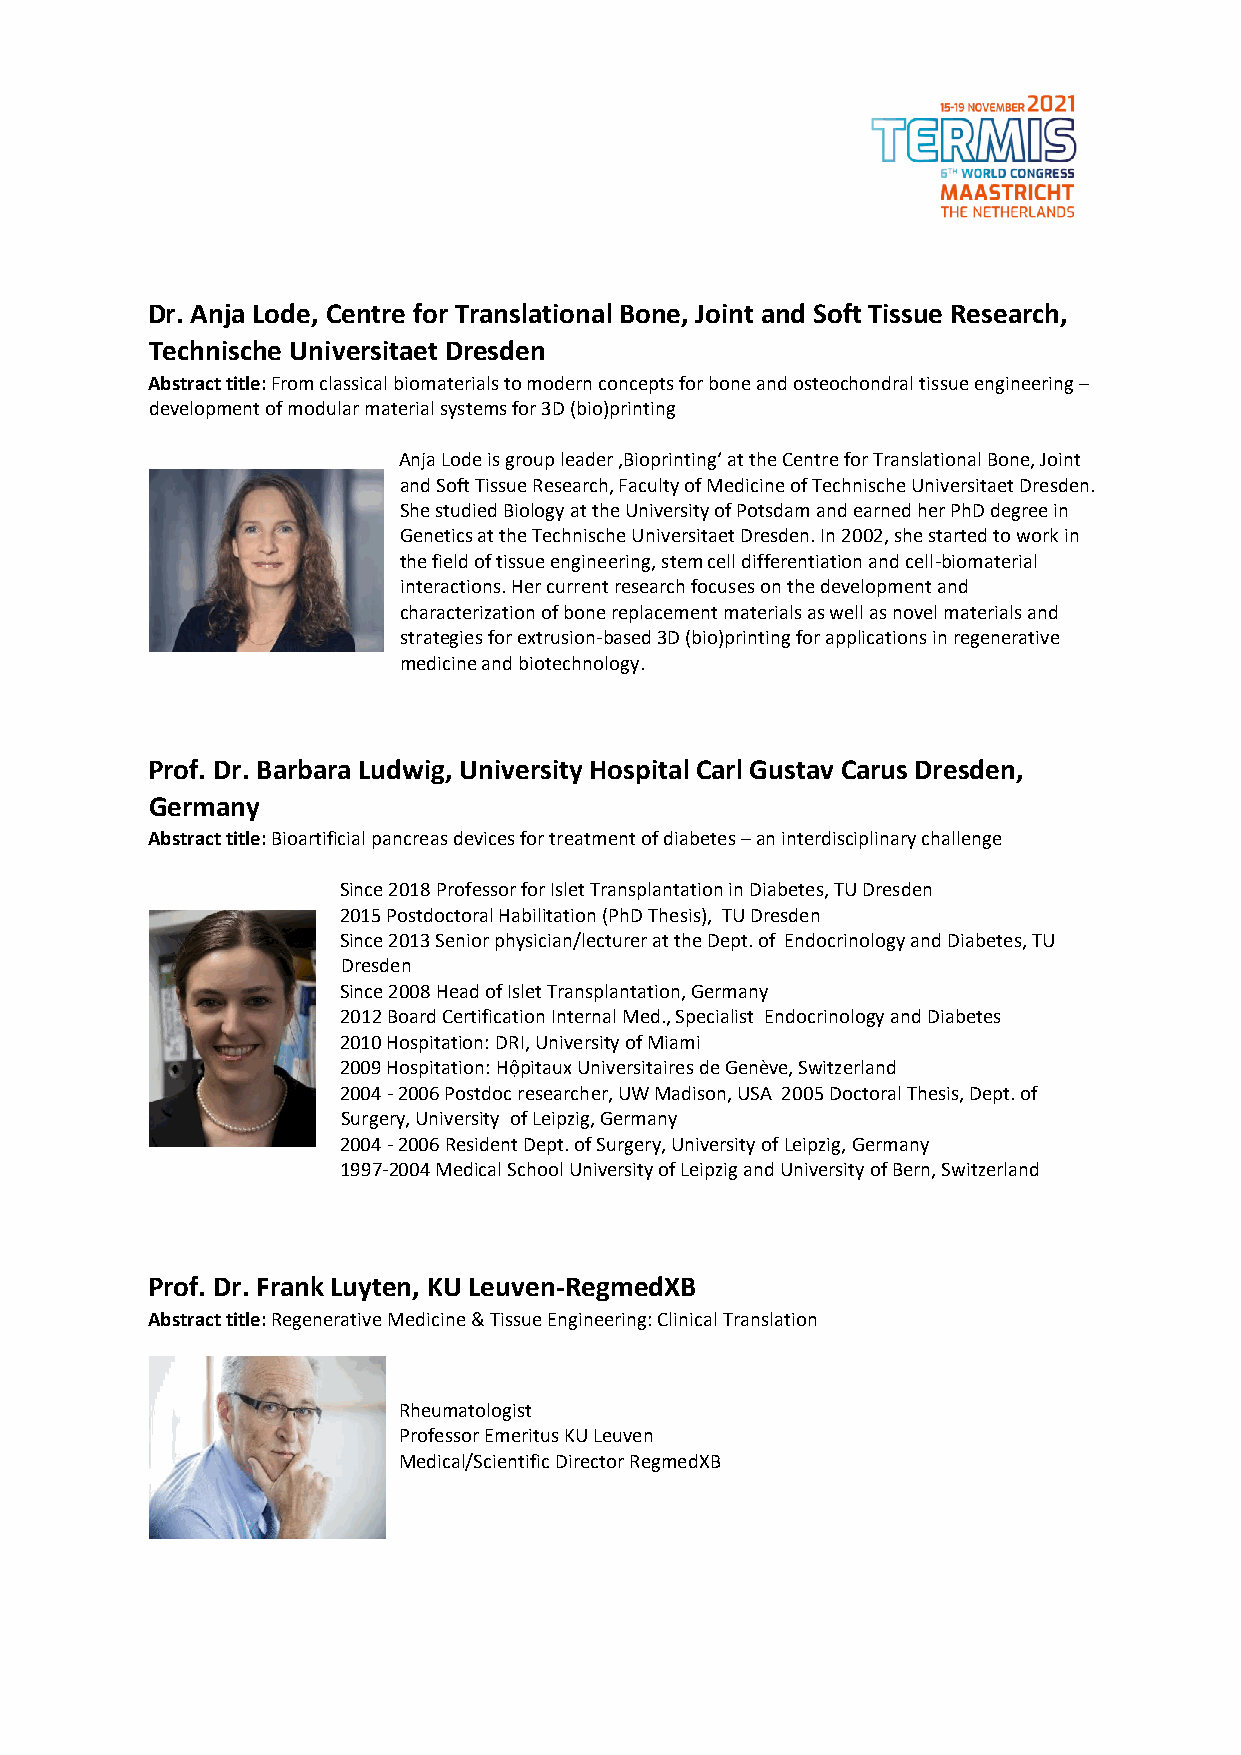
Dr. Anja Lode, Centre for Translational Bone, Joint and Soft Tissue Research,
 Technische Universitaet Dresden
 Abstract title: From classical biomaterials to modern concepts for bone and osteochondral tissue engineering –
 development of modular material systems for 3D (bio)printing
 Anja Lode is group leader ‚Bioprinting‘ at the Centre for Translational Bone, Joint
 and Soft Tissue Research, Faculty of Medicine of Technische Universitaet Dresden.
 She studied Biology at the University of Potsdam and earned her PhD degree in
 Genetics at the Technische Universitaet Dresden. In 2002, she started to work in
 the field of tissue engineering, stem cell differentiation and cell-biomaterial
 interactions. Her current research focuses on the development and
 characterization of bone replacement materials as well as novel materials and
 strategies for extrusion-based 3D (bio)printing for applications in regenerative
 medicine and biotechnology.
 Prof. Dr. Barbara Ludwig, University Hospital Carl Gustav Carus Dresden,
 Germany
 Abstract title: Bioartificial pancreas devices for treatment of diabetes – an interdisciplinary challenge
 Since 2018 Professor for Islet Transplantation in Diabetes, TU Dresden
 2015 Postdoctoral Habilitation (PhD Thesis), TU Dresden
 Since 2013 Senior physician/lecturer at the Dept. of Endocrinology and Diabetes, TU
 Dresden
 Since 2008 Head of Islet Transplantation, Germany
 2012 Board Certification Internal Med., Specialist Endocrinology and Diabetes
 2010 Hospitation: DRI, University of Miami
 2009 Hospitation: Hộpitaux Universitaires de Genève, Switzerland
 2004 - 2006 Postdoc researcher, UW Madison, USA 2005 Doctoral Thesis, Dept. of
 Surgery, University of Leipzig, Germany
 2004 - 2006 Resident Dept. of Surgery, University of Leipzig, Germany
 1997-2004 Medical School University of Leipzig and University of Bern, Switzerland
 Prof. Dr. Frank Luyten, KU Leuven-RegmedXB
 Abstract title: Regenerative Medicine & Tissue Engineering: Clinical Translation
 Rheumatologist
 Professor Emeritus KU Leuven
 Medical/Scientific Director RegmedXB